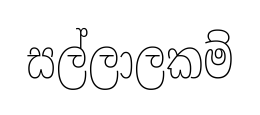
සල්ලාලකම්